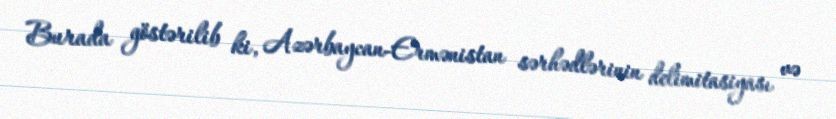
Burada göstərilib ki, Azərbaycan-Ermənistan sərhədlərinin delimitasiyası və